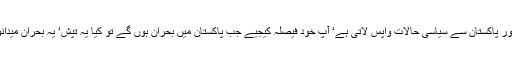
کشمیر سے پاکستان میں پانی اور ہوا جاتی ہے اور پاکستان سے سیاسی حالات واپس لاتی ہے‘ آپ خود فیصلہ کیجیے جب پاکستان میں بحران ہوں گے تو کیا یہ تپش‘ یہ بحران میدانوں سے اٹھ کر پہاڑوں کی طرف نہیں آئیں گے؟